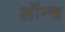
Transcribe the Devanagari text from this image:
लॉंन्च